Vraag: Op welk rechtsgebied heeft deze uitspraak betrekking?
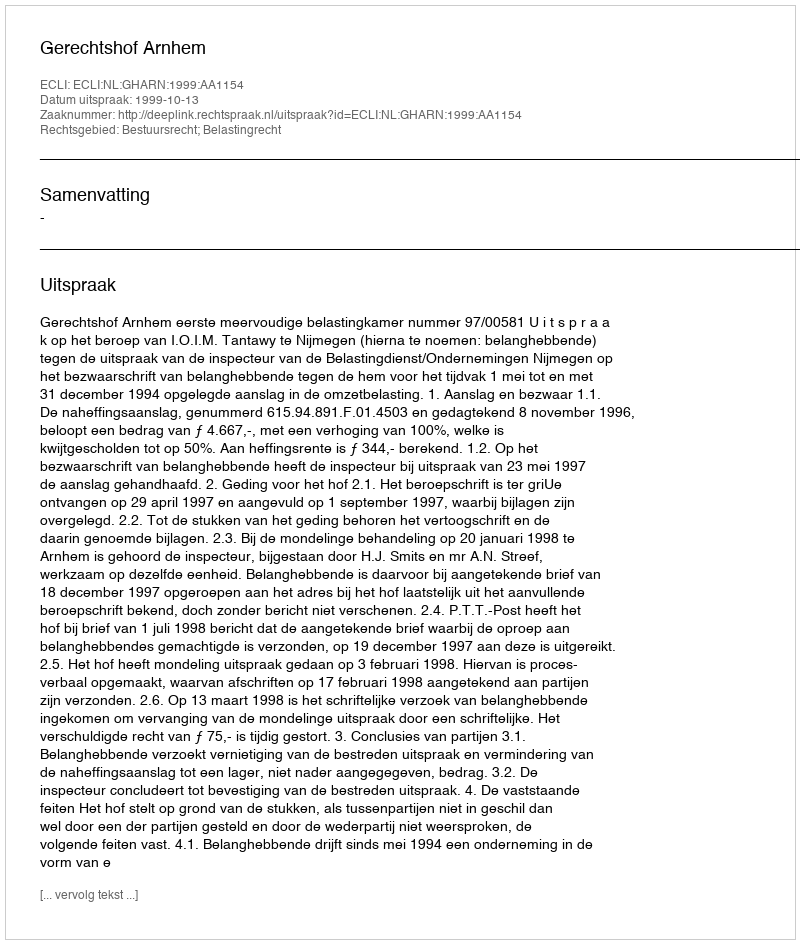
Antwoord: Bestuursrecht; Belastingrecht